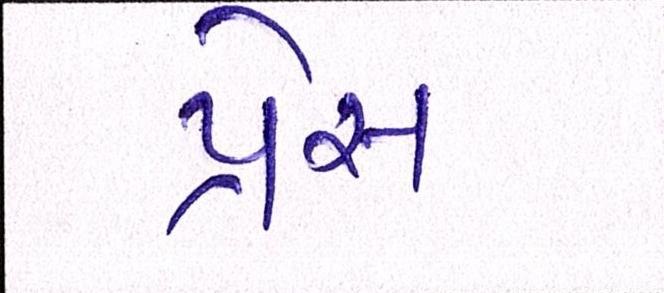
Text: પ્રેસ